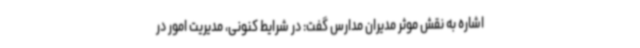
اشاره به نقش موثر مدیران مدارس گفت: در شرایط کنونی، مدیریت امور در